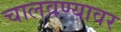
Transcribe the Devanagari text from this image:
चालवण्यावर